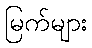
မြက်များ